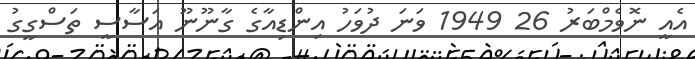
އެއީ ނޮވެމްބަރު 26 1949 ވަނަ ދުވަހު އިންޑިއާގެ ގާނޫނޫ އަސާސީ ތަސްގީގު